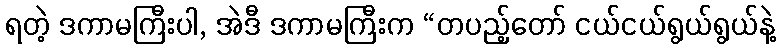
ရတဲ့ ဒကာမကြီးပါ, အဲဒီ ဒကာမကြီးက “တပည့်တော် ငယ်ငယ်ရွယ်ရွယ်နဲ့